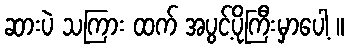
ဆားပဲ သကြား ထက် အပွင့်ပိုကြီးမှာပေါ့ ။